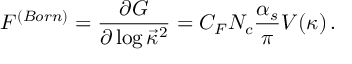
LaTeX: { \cal F } ^ { ( B o r n ) } = { \frac { \partial G } { \partial \log \vec { \kappa } ^ { 2 } } } = C _ { F } N _ { c } { \frac { \alpha _ { s } } { \pi } } V ( \kappa ) \, .